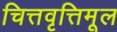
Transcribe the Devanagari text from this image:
चित्तवृत्तिमूल